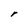
Character: r